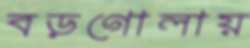
বড়গোলায়